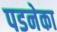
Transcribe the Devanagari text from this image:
पडनेका